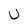
Character: U